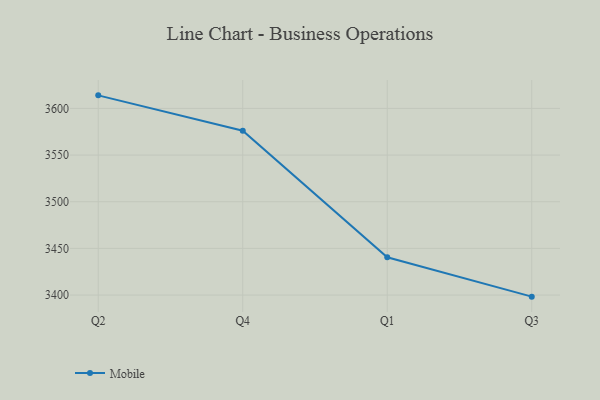
{"axis": {"x": "Quarter", "y": "Energy Usage (MWh)"}, "legend": ["Mobile"], "data": [{"x": "Q2", "y": 3614.0, "type": "Mobile"}, {"x": "Q4", "y": 3576.1, "type": "Mobile"}, {"x": "Q1", "y": 3440.5, "type": "Mobile"}, {"x": "Q3", "y": 3398.3, "type": "Mobile"}]}